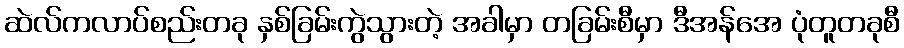
ဆဲလ်ကလာပ်စည်းတခု နှစ်ခြမ်းကွဲသွားတဲ့ အခါမှာ တခြမ်းစီမှာ ဒီအန်အေ ပုံတူတခုစီ